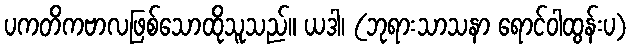
ပကတိကဗာလဖြစ်သောထိုသူသည်။ ယဒါ၊ (ဘုရားသာသနာ ရောင်ဝါထွန်းပ)